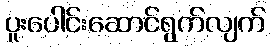
ပူးပေါင်းဆောင်ရွက်လျက်